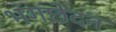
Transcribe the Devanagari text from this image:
भगछेदन